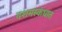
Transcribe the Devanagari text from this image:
दशमस्कंधात